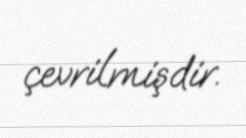
çevrilmişdir.